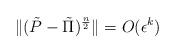
LaTeX: \begin{align*}\|(\tilde{P}-\tilde{\Pi})^{\frac{n}{2}}\| = O(\epsilon^k)\end{align*}